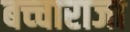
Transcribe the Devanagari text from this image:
बच्‍चाराजा